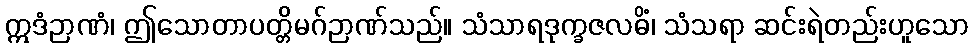
ဣဒံဉာဏံ၊ ဤသောတာပတ္တိမဂ်ဉာဏ်သည်။ သံသာရဒုက္ခဇလဓိံ၊ သံသရာ ဆင်းရဲတည်းဟူသော